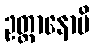
ဥတ္တာနောပိ